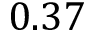
0 . 3 7